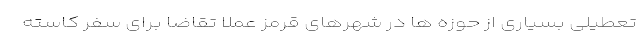
تعطیلی بسیاری از حوزه ها در شهرهای قرمز عملا تقاضا برای سفر کاسته